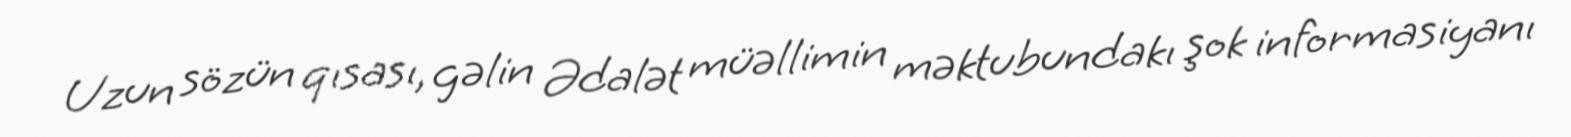
Uzun sözün qısası, gəlin Ədalət müəllimin məktubundakı şok informasiyanı